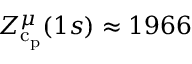
Z _ { \mathrm { c } _ { \mathrm { p } } } ^ { \mu } ( 1 s ) \approx 1 9 6 6